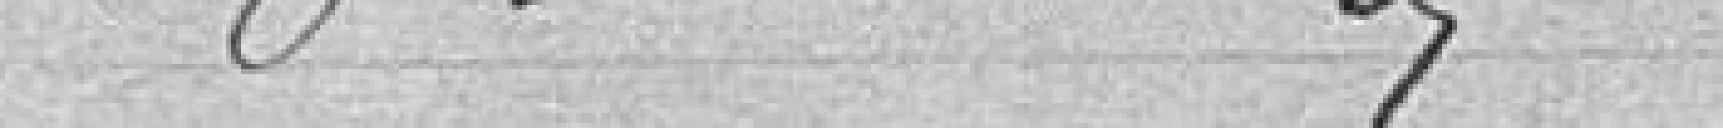
6°   "